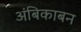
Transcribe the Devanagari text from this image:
अंबिकाबन